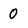
Character: 0